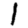
Digit: 1